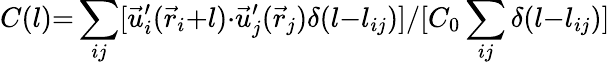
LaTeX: C(l){=}\sum_{ij}[\vec{u}_{i}^{\prime}(\vec{r}_{i}{+}l){\cdot}\vec{u}_{j}^{\prime}(\vec{r}_{j})\delta(l{-}l_{ij})]/[C_{0}\sum_{ij}\delta(l{-}l_{ij})]